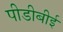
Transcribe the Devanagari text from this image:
पीडीबीई